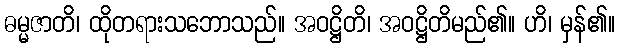
ဓမ္မဇာတိ၊ ထိုတရားသဘောသည်။ အဝဋ္ဌိတိ၊ အဝဋ္ဌိတိမည်၏။ ဟိ၊ မှန်၏။